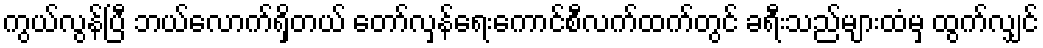
ကွယ်လွန်ပြီ ဘယ်လောက်ရှိတယ် တော်လှန်ရေးကောင်စီလက်ထက်တွင် ခရီးသည်များထံမှ ထွက်လျှင်